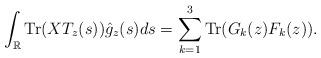
LaTeX: \begin{align*} \int_{\mathbb{R}}{\rm Tr}(XT_z(s))\hat{g}_z(s)ds=\sum_{k=1}^3{\rm Tr}(G_k(z)F_k(z)). \end{align*}